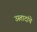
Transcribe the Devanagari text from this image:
उस्तादांचे